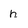
Character: h